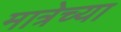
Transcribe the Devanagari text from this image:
मात्रेच्या